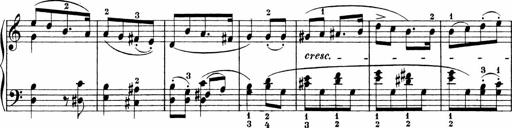
Title: 3 Sonatinas
Composer: Carl Reinecke